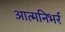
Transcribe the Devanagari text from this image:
आत्मनिभर्र